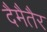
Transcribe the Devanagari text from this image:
दैमैतैर